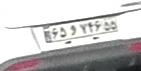
۶۵و۷۴۶۵۵